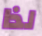
لذا